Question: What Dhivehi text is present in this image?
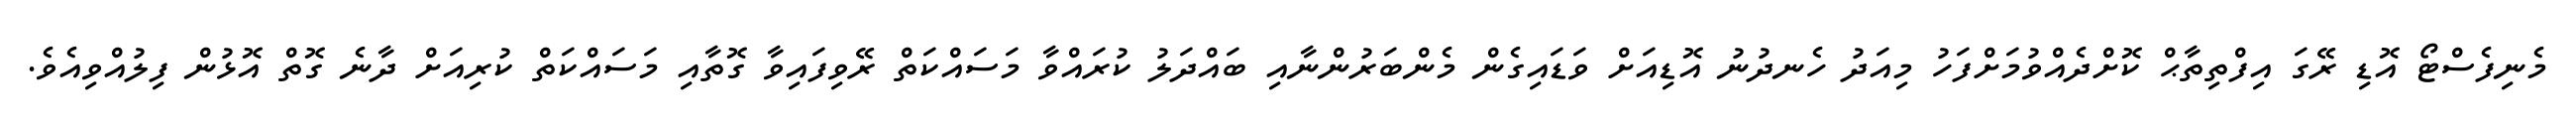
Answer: މެނިފެސްޓޯ އޮޑި ރޭގަ އިފްތިތާޙް ކޮށްދެއްވުމަށްފަހު މިއަދު ހެނދުނު އޮޑިއަށް ވަޑައިގެން މެންބަރުންނާއި ބައްދަލު ކުރައްވާ މަސައްކަތް ރޭވިފައިވާ ގޮތާއި މަސައްކަތް ކުރިއަށް ދާނެ ގޮތް އޮޅުން ފިލުއްވިއެވެ.